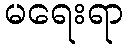
မရေးရာ